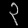
Digit: ၃